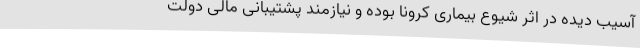
آسیب دیده در اثر شیوع بیماری کرونا بوده و نیازمند پشتیبانی مالی دولت